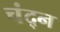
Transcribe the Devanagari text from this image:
चंद्न